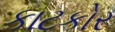
કાટકોર